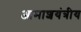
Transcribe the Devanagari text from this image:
आमाशयंत्रीय